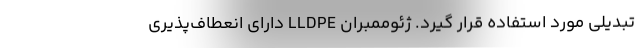
تبدیلی مورد استفاده قرار گیرد. ژئوممبران LLDPE دارای انعطاف‌پذیری